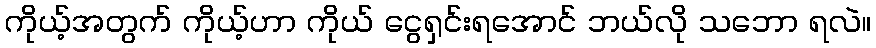
ကိုယ့်အတွက် ကိုယ့်ဟာ ကိုယ် ငွေရှင်းရအောင် ဘယ်လို သဘော ရလဲ။